Annual administration report of the Civil Veterinary Department of India - 1895-1896
Year: 1895
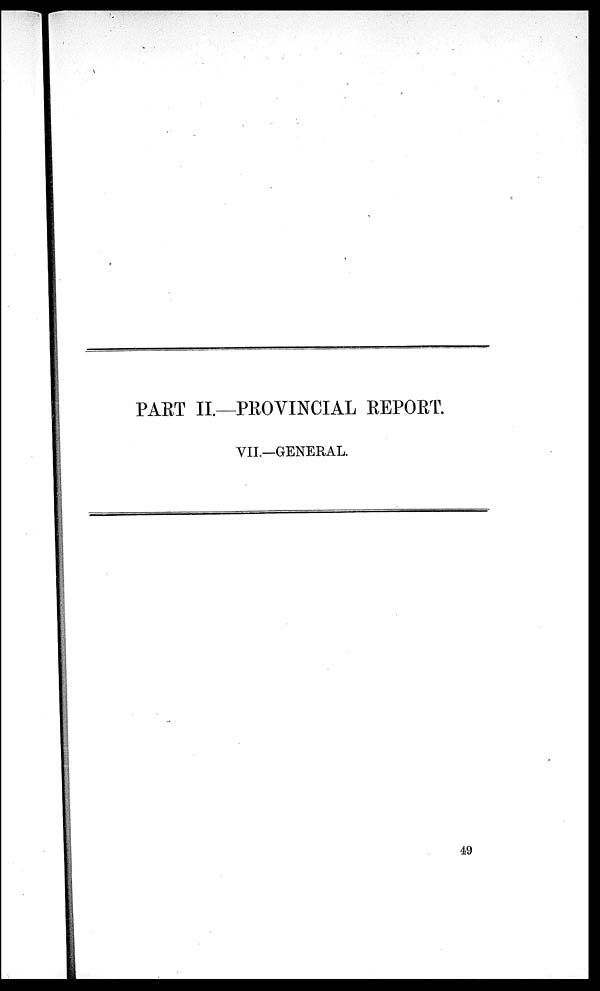
PART II.—PROVINCIAL REPORT.
VII.—GENERAL.